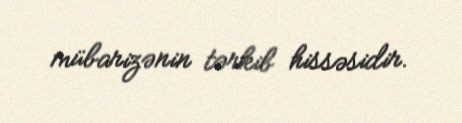
mübarizənin tərkib hissəsidir.